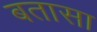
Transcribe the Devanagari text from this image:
बतासा